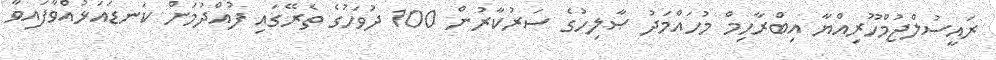
ރައީސުލްޖުމްހޫރިއްޔާ އިބްރާހިމް މުހައްމަދު ޞާލިހުގެ ސަރުކާރުން 100 ދުވަހުގެ ތެރޭގައި ފުއްދުމަށް ކަނޑައަޅުއްވާފައިވާ